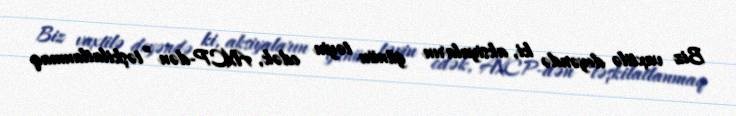
Biz vaxtilə deyəndə ki, aksiyaların günün təyin edək, AXCP-dən ”təşkilatlanmaq